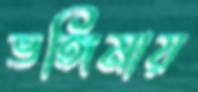
ভঙ্গিমায়